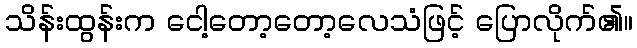
သိန်းထွန်းက ငေါ့တော့တော့လေသံဖြင့် ပြောလိုက်၏။